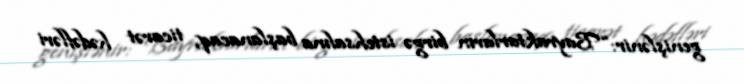
genişlənir: “Bayraktarların birgə istehsalına başlanacaq, ticarət hədəfləri